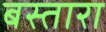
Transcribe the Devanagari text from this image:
बस्तारा